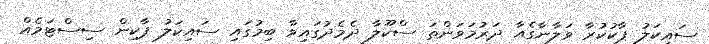
ސައިކަލު ޕާކުކުރާ ވަލާނާގެއާ ދަރުމަވަންތަ ސްކޫލާ ދެމެދުގައިވާ ބިމުގައި ސައިކަލު ޕާކިން ސިސްޓަމެއް